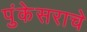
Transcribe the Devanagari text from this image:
पुंकेसराचे